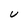
Character: U